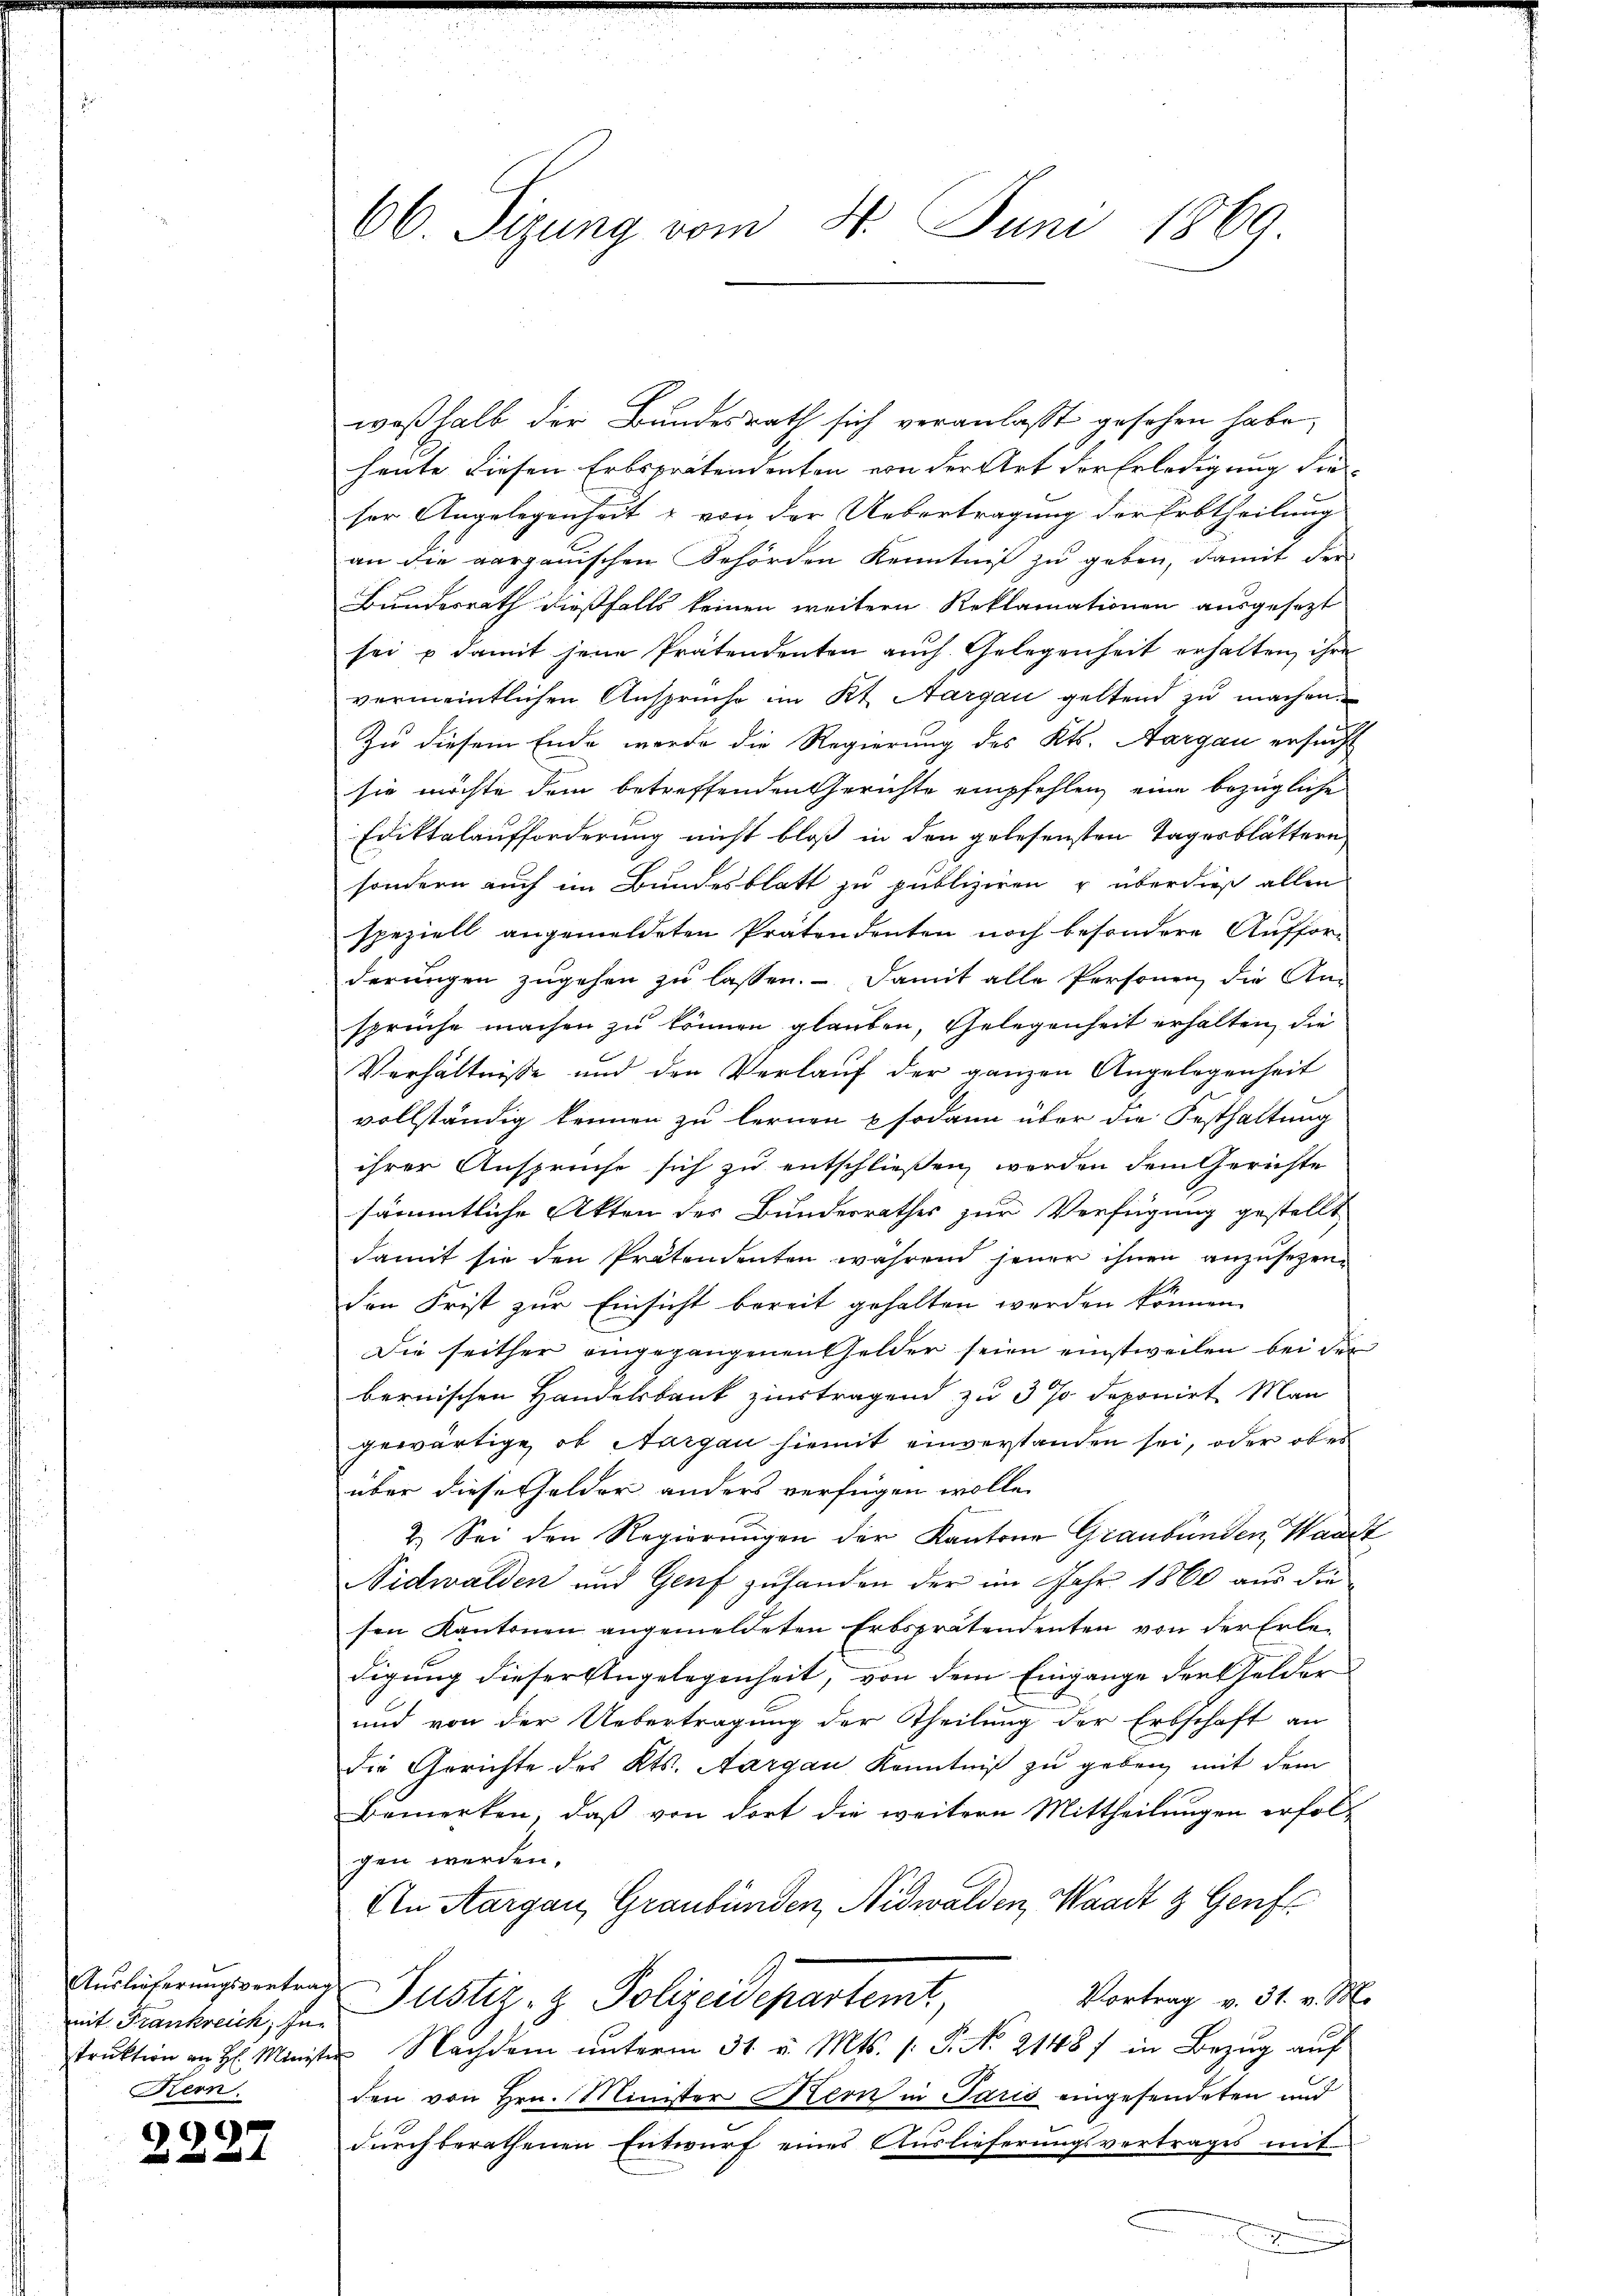
mit Frankreich, In¬
Kern.

2227

66. Sizung vom 4. Juni 1869

weßhalb der Bundesrath sich veranlaßt gesehen habe,
heute diesen Erbsprätendenten von der Art der Erledigung die
ser Angelegenheit & von der Uebertragung der Erbtheilung
an die aargauischen Behörden Kenntniß zu geben, damit der
Bundesrath dießfalls keinen weitern Reklamationen ausgesezt
sei u damit jene Prätendenten auch Gelegenheit erhalten, ihre
vermeintlichen Ansprüche im Kt. Aargau geltend zu machen.
Zu diesem Ende werde die Regierung des Kts. Aargau ersucht
sie möchte dem betreffenden Gerichte empfehlen, eine bezügliche
Ediktalaufforderung nicht bloß in den gelesensten Tagesblättern
sondern auch im Bundesblatt zu publiziren u überdieß allen
speziell angemeldeten Prätendenten noch besondere Aufforderungen zugehen zu lassen. Damit alle Personen die Ansprüche machen zu können glauben, Gelegenheit erhalten, die
Verhältniße und den Verlauf der ganzen Angelegenheit
vollständig kennen zu lernen & sodann über die Festhaltung
ihrer Anspruche sich zu entschließen werden dem Gerichte
sämmtliche Akten des Bundesrathes zur Verfügung gestellt
damit sie den Prätendenten während jener ihnen anzusezenden Frist zur Einsicht bereit gehalten werden können.
Die seither eingegangenen Gelder seien einstweilen bei der
bernischen Handelsbank zinstragend zu 3 % deponirt Man
gewärtige, ob Nargau hiemit einverstanden sei, oder ober
über diese Gelder anders verfügen wolle.
2.) Sei den Regierŭngen der Kantone Graubünden, Waadt
Nidwalden und Genf zufanden der im Jahr 1860 aus die
sen Kantonen angemeldeten Erbsprätendenten von der Erle-
digung dieser Angelegenheit, von dem Eingange der Gelder
und von der Uebertragung der Theilung der Erbschaft an
die Gerichte des Kts. Aargau Kenntniß zu geben, mit dem
Bemerken, daß von dort die weitern Mittheilungen erfolgen werden.
An Aargau, Graubünden, Nidwalden, Waadt & Genf
Auslicherungsretrag Justiz- & Polizeidepartemt,
Vortrag v. 31. v. M.
trŭktion an H: Minister Nachdem ŭnterm 31. v. Mts. /: P. Nr. 2148) in Bezŭg aŭf
den von Hrn. Minister Kern in Paris eingesendeten und
durch berathenen Entwurf eines Auslieferungsvertrages mit